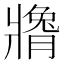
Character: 𬌍